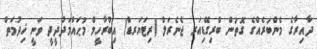
ދާއިރާގެ މެންބަރެއްގެ ގޮތުން ބްރިގޭޑިއަރ ޖެނެރަލް (ރިޓަޔަރޑް) އިބްރާހީމް މުޙައްމަދުދީދީ ވަނީ ޚިދުމަތް